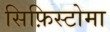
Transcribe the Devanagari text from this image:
सिफ़िस्टोमा